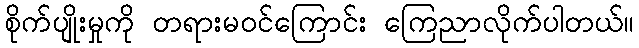
စိုက်ပျိုးမှုကို တရားမဝင်ကြောင်း ကြေညာလိုက်ပါတယ်။